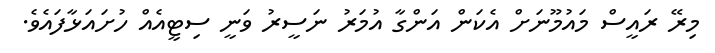
މިރޭ ރައީސް މައުމޫނަށް އެކަން އަންގާ އުމަރު ނަސީރު ވަނީ ސިޓީއެއް ހުށައަޅާފައެވެ.